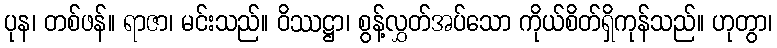
ပုန၊ တစ်ဖန်။ ရာဇာ၊ မင်းသည်။ ဝိဿဋ္ဌာ၊ စွန့်လွှတ်အပ်သော ကိုယ်စိတ်ရှိကုန်သည်။ ဟုတွာ၊